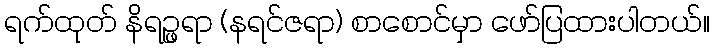
ရက်ထုတ် နိရဉ္ဖရာ (နရင်ဇရာ) စာစောင်မှာ ဖော်ပြထားပါတယ်။